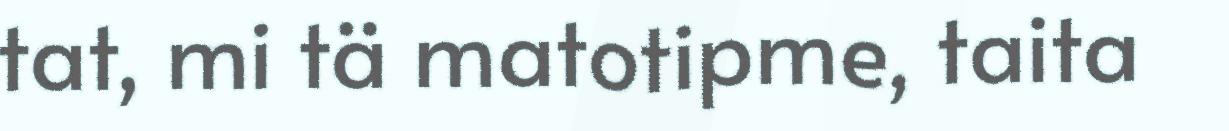
tat, mi tä matotipme, taita